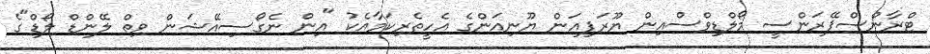
ޓްރާންސްޕޭރަންސީ މޯލްޑިވްސްއިން ޔޫރަޕިއަން ޔޫނިއަންގެ އެހީތެރިކަމާއެކު "އިން ނެގޯސިއޭޝަން ވިތް ލޭންޑް ލޯޑް"ގެ